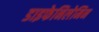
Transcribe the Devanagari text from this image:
डाइफेनिलेमिन